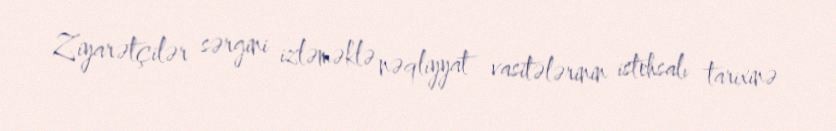
Ziyarətçilər sərgini izləməklə nəqliyyat vasitələrinin istehsalı tarixinə